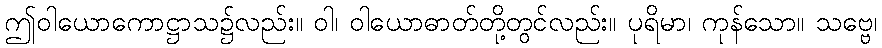
ဤဝါယောကောဋ္ဌာသ၌လည်း။ ဝါ၊ ဝါယောဓာတ်တို့တွင်လည်း။ ပုရိမာ၊ ကုန်သော။ သဗ္ဗေ၊